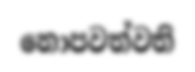
නොපවත්වති